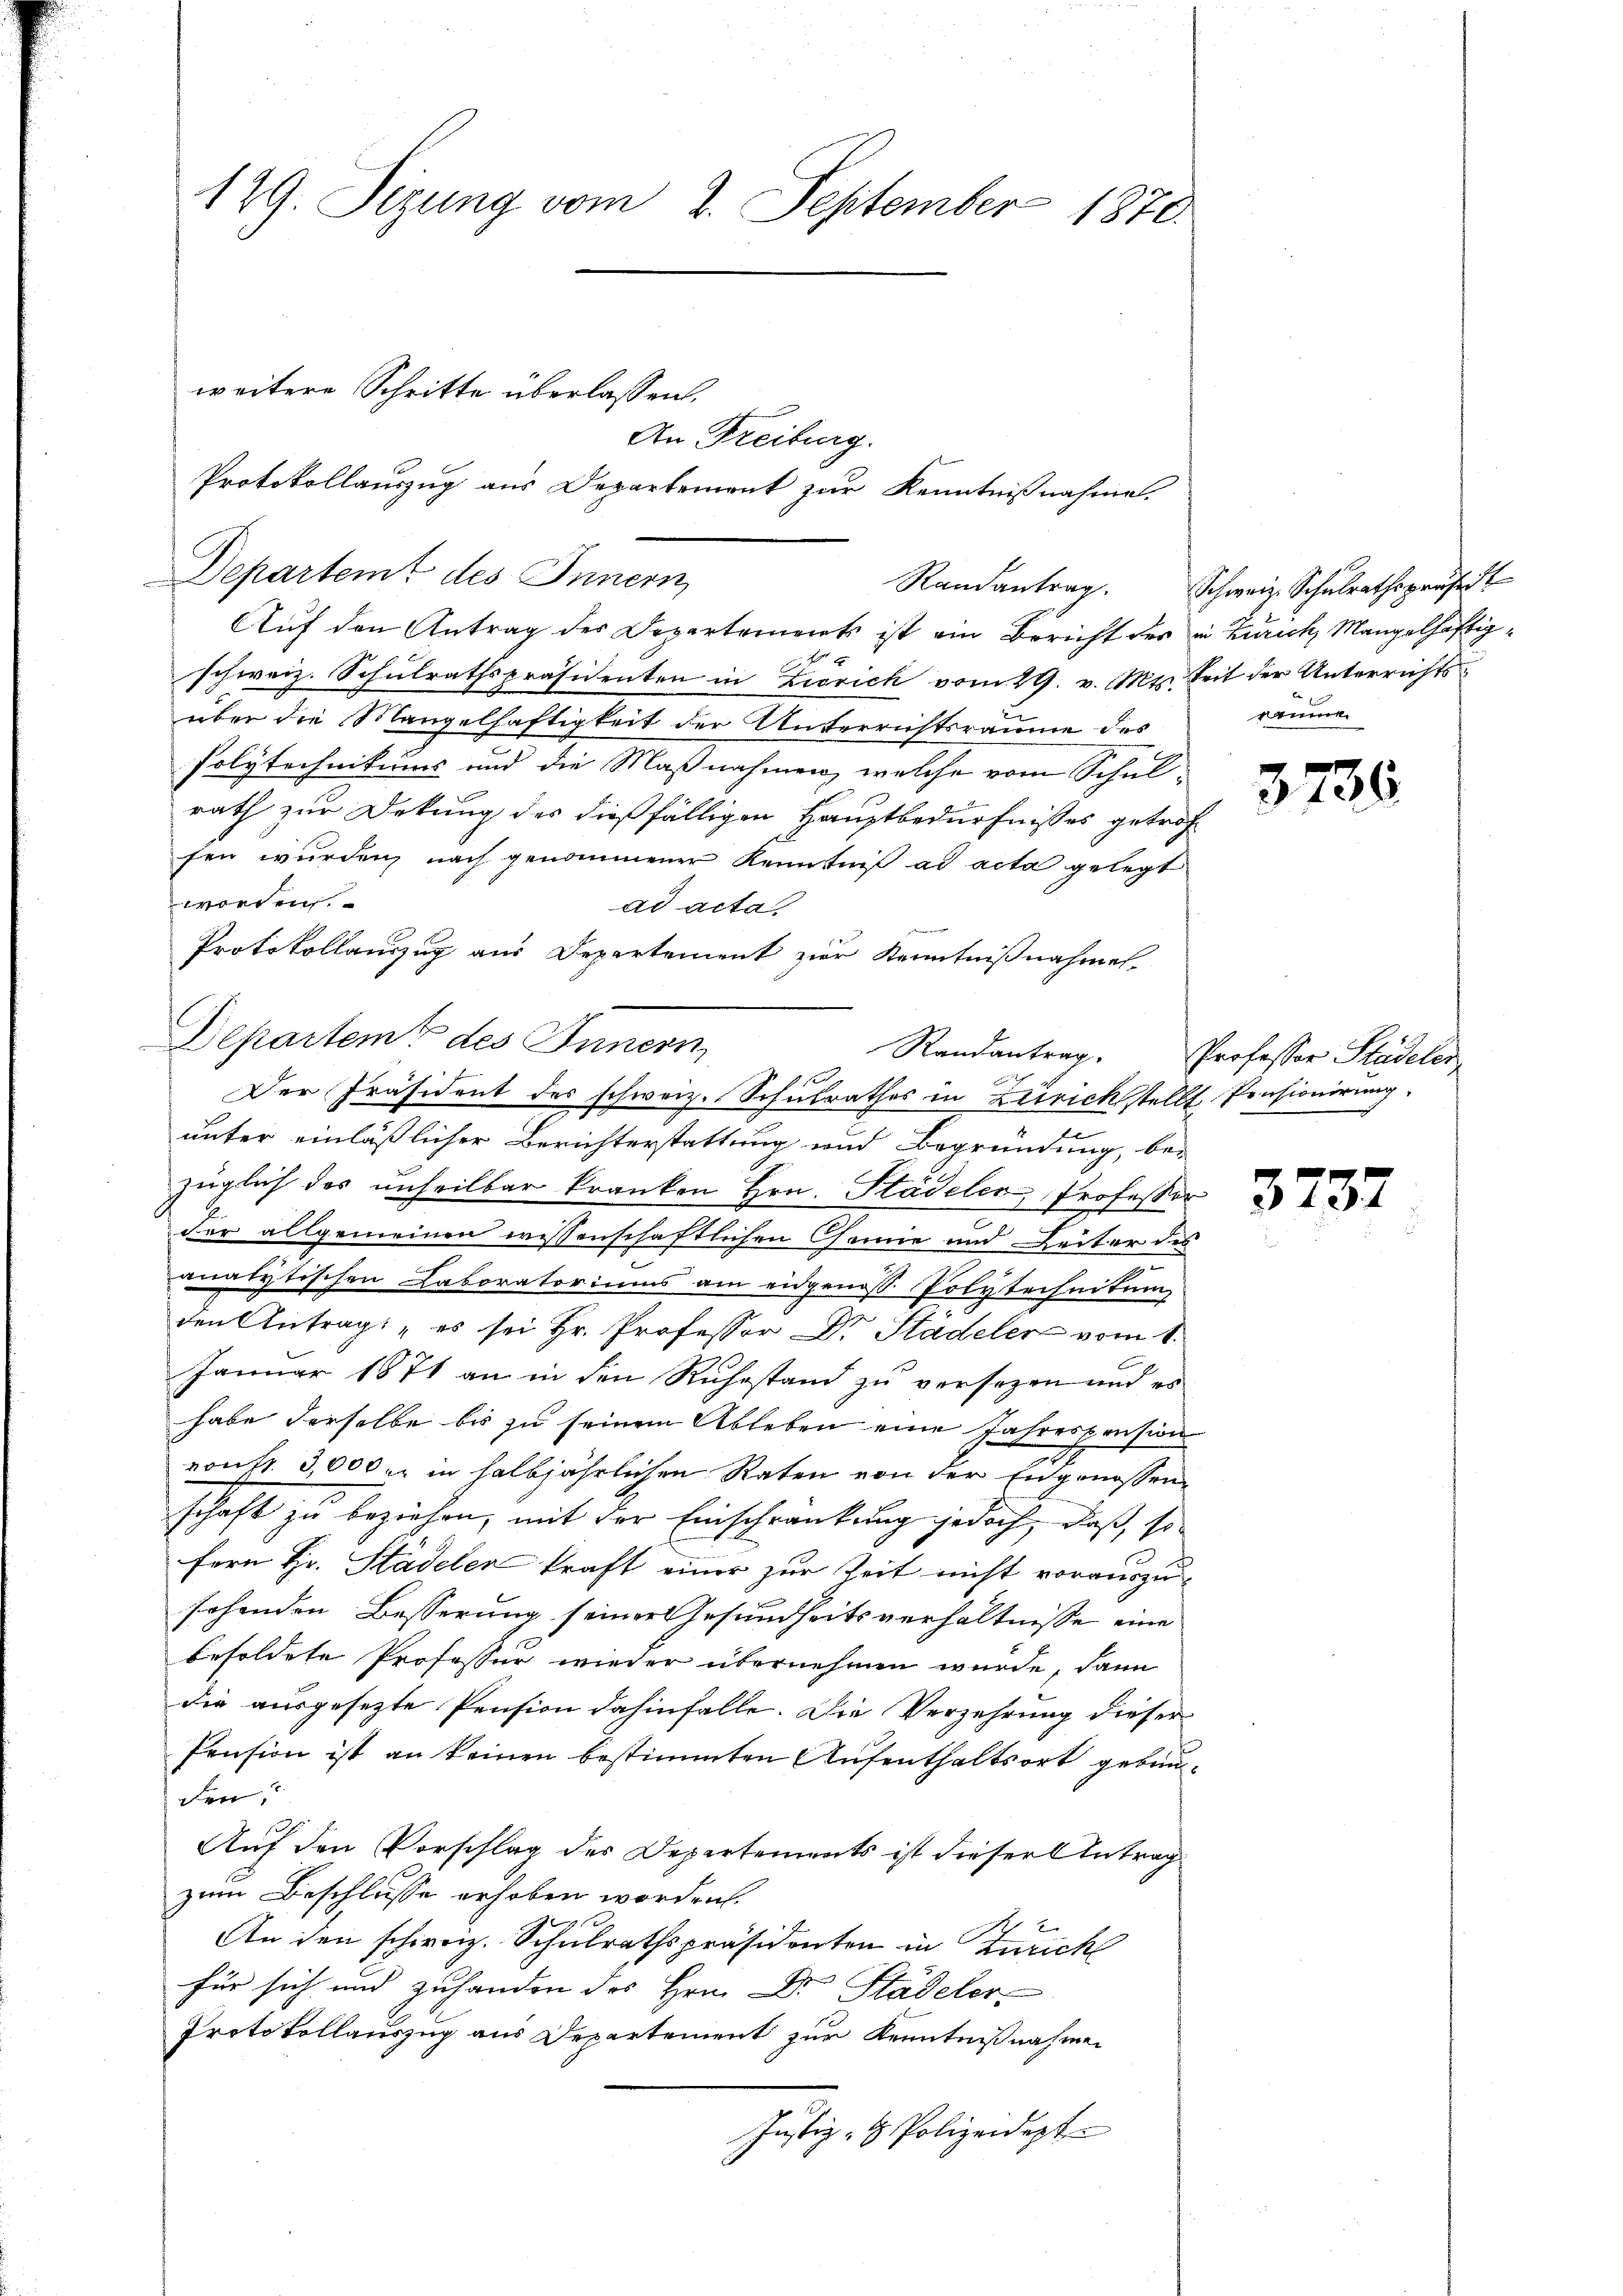
129. Seizung vom 2. September 1870.

weitere Schritte überlassen.
Departemt des Innern

Auf den Antrag der Departements ist ein Bericht der in Zürich, Mangelhaftigschweiz. Schulrathspräsidenten in Zürich vom 29. v. Mts. Seit der Unterrichtsüber die Mangelhaftigkeit der Unterrichtsräume des
Polytechnikums und die Maßnahmen, welche vom Schulrath zur Dekung des dießfälligen Hauptbedürfnisses getrof
fen wurden, nach genommener Kenntniß ad acta gelegt
worden.
ad acta,
Protokollauszug aus Departement zur Kenntnißnahmen.
Departeme des Innern,
unter einläßlicher Berichterstattung und Begründung, be-
züglich des unheilbar kranken Hrn. Städeler, Professor
der allgemeinen wissenschaftlichen Cannie und Leiter des
analytischen Laboratoriums am eidgenoss. Polytechnikum
den Antrag es sei Hr. Professor Dr. Städeler vom 1.
Januar 1871 an in den Ruhestand zu versezen und es
habe derselbe bis zu seinem Ableben eine Jahrespensions
ronfr. 3,000. in halbjährlichen Raten von der Engenossen
schaft zu beziehen, mit der Einschränkung jedoch, daß, so
fern Hr. Stadelen kraft einer zur Zeit nicht vorauszu-
sehenden Besserung seiner Gesundheitsverhältnisse eine
besoldete Professur wieder übernehmen wurde, dann
die ausgesetzte Pension dahinfalle. Die Verzehrung dieser
Pension ist an keinen bestimmten Aufenthaltsort gebunden
Auf den Vorschlag des Departements ist dieser Antrag
zum Beschlusse erhoben worden.
1f
An den schweiz. Schulrathspräsidenten in Zürich
für sich und zuhanden des Hrn. Dr Städeler
Protokollauszug aus Departement zur Kenntnißnahmen
Justiz- & Polizeidept

An Freiburg.
Protokollauszug aus Departement zur Kenntnißnahme.

Der Präsident des schweiz. Schulrathes in Zürichstellt Pensionirung.

Randantrag. Schweiz. Schulrathspräsent
rumen

3736

Randantrag. Professor Stadeler

3737